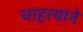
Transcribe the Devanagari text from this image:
चाहत्याने